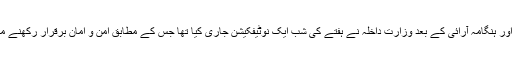
فیض آباد دھرنے کے شرکا اور سکیورٹی اہلکاروں کے درمیان جھڑپوں اور ہنگامہ آرائی کے بعد وزارتِ داخلہ نے ہفتے کی شب ایک نوٹیفکیشن جاری کیا تھا جس کے مطابق امن و امان برقرار رکھنے میں سول انتظامیہ کی مدد کے لیے اسلام آباد میں فوج طلب کرلی گئی تھی۔